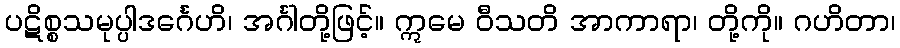
ပဋိစ္စသမုပ္ပါဒင်္ဂေဟိ၊ အင်္ဂါတို့ဖြင့်။ ဣမေ ဝီသတိ အာကာရာ၊ တို့ကို။ ဂဟိတာ၊